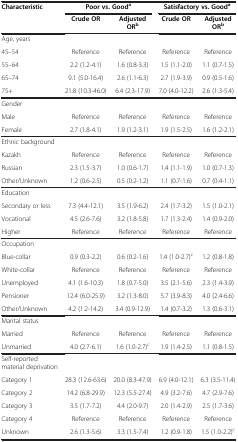
<table><thead><tr><td><b>Characteristic</b></td><td colspan="2"><b>Poor vs. Good<sup>a</sup></b></td><td colspan="2"><b>Satisfactory vs. Good<sup>a</sup></b></td></tr><tr><td><b> </b></td><td><b>Crude OR</b></td><td><b>Adjusted OR<sup>b</sup></b></td><td><b>Crude OR</b></td><td><b>Adjusted OR<sup>b</sup></b></td></tr></thead><tbody><tr><td>Age, years</td><td> </td><td> </td><td> </td><td> </td></tr><tr><td>45–54</td><td>Reference</td><td>Reference</td><td>Reference</td><td>Reference</td></tr><tr><td>55–64</td><td>2.2 (1.2-4.1)</td><td>1.6 (0.8-3.3)</td><td>1.5 (1.1-2.0)</td><td>1.1 (0.7-1.5)</td></tr><tr><td>65–74</td><td>9.1 (5.0-16.4)</td><td>2.6 (1.1-6.3)</td><td>2.7 (1.9-3.9)</td><td>0.9 (0.5-1.6)</td></tr><tr><td>75+</td><td>21.8 (10.3-46.0)</td><td>6.4 (2.3-17.9)</td><td>7.0 (4.0-12.2)</td><td>2.6 (1.3-5.4)</td></tr><tr><td>Gender</td><td> </td><td> </td><td> </td><td> </td></tr><tr><td>Male</td><td>Reference</td><td>Reference</td><td>Reference</td><td>Reference</td></tr><tr><td>Female</td><td>2.7 (1.8-4.1)</td><td>1.9 (1.2-3.1)</td><td>1.9 (1.5-2.5)</td><td>1.6 (1.2-2.1)</td></tr><tr><td>Ethnic background</td><td> </td><td> </td><td> </td><td> </td></tr><tr><td>Kazakh</td><td>Reference</td><td>Reference</td><td>Reference</td><td>Reference</td></tr><tr><td>Russian</td><td>2.3 (1.5-3.7)</td><td>1.0 (0.6-1.7)</td><td>1.4 (1.1-1.9)</td><td>1.0 (0.7-1.3)</td></tr><tr><td>Other/Unknown</td><td>1.2 (0.6-2.5)</td><td>0.5 (0.2-1.2)</td><td>1.1 (0.7-1.6)</td><td>0.7 (0.4-1.1)</td></tr><tr><td>Education</td><td> </td><td> </td><td> </td><td> </td></tr><tr><td>Secondary or less</td><td>7.3 (4.4-12.1)</td><td>3.5 (1.9-6.2)</td><td>2.4 (1.7-3.2)</td><td>1.5 (1.0-2.1)</td></tr><tr><td>Vocational</td><td>4.5 (2.6-7.6)</td><td>3.2 (1.8-5.8)</td><td>1.7 (1.3-2.4)</td><td>1.4 (0.9-2.0)</td></tr><tr><td>Higher</td><td>Reference</td><td>Reference</td><td>Reference</td><td>Reference</td></tr><tr><td>Occupation</td><td> </td><td> </td><td> </td><td> </td></tr><tr><td>Blue-collar</td><td>0.9 (0.3-2.2)</td><td>0.6 (0.2-1.6)</td><td>1.4 (1.0-2.7)<sup>c</sup></td><td>1.2 (0.8-1.8)</td></tr><tr><td>White-collar</td><td>Reference</td><td>Reference</td><td>Reference</td><td>Reference</td></tr><tr><td>Unemployed</td><td>4.1 (1.6-10.3)</td><td>1.8 (0.7-5.0)</td><td>3.5 (2.1-5.6)</td><td>2.3 (1.4-3.9)</td></tr><tr><td>Pensioner</td><td>12.4 (6.0-25.9)</td><td>3.2 (1.3-8.0)</td><td>5.7 (3.9-8.3)</td><td>4.0 (2.4-6.6)</td></tr><tr><td>Other/Unknown</td><td>4.2 (1.2-14.2)</td><td>3.4 (0.9-12.9)</td><td>1.4 (0.7-3.2)</td><td>1.3 (0.6-3.1)</td></tr><tr><td>Marital status</td><td> </td><td> </td><td> </td><td> </td></tr><tr><td>Married</td><td>Reference</td><td>Reference</td><td>Reference</td><td>Reference</td></tr><tr><td>Unmarried</td><td>4.0 (2.7-6.1)</td><td>1.6 (1.0-2.7)<sup>c</sup></td><td>1.9 (1.4-2.5)</td><td>1.1 (0.8-1.5)</td></tr><tr><td>Self-reported material deprivation</td><td> </td><td> </td><td> </td><td> </td></tr><tr><td>Category 1</td><td>28.3 (12.6-63.6)</td><td>20.0 (8.3-47.9)</td><td>6.9 (4.0-12.1)</td><td>6.3 (3.5-11.4)</td></tr><tr><td>Category 2</td><td>14.2 (6.8-29.9)</td><td>12.3 (5.5-27.4)</td><td>4.9 (3.2-7.6)</td><td>4.7 (2.9-7.6)</td></tr><tr><td>Category 3</td><td>3.5 (1.7-7.2)</td><td>4.4 (2.0-9.7)</td><td>2.0 (1.4-2.9)</td><td>2.5 (1.7-3.6)</td></tr><tr><td>Category 4</td><td>Reference</td><td>Reference</td><td>Reference</td><td>Reference</td></tr><tr><td>Unknown</td><td>2.6 (1.3-5.6)</td><td>3.3 (1.5-7.4)</td><td>1.2 (0.9-1.8)</td><td>1.5 (1.0-2.2)<sup>c</sup></td></tr></tbody></table>